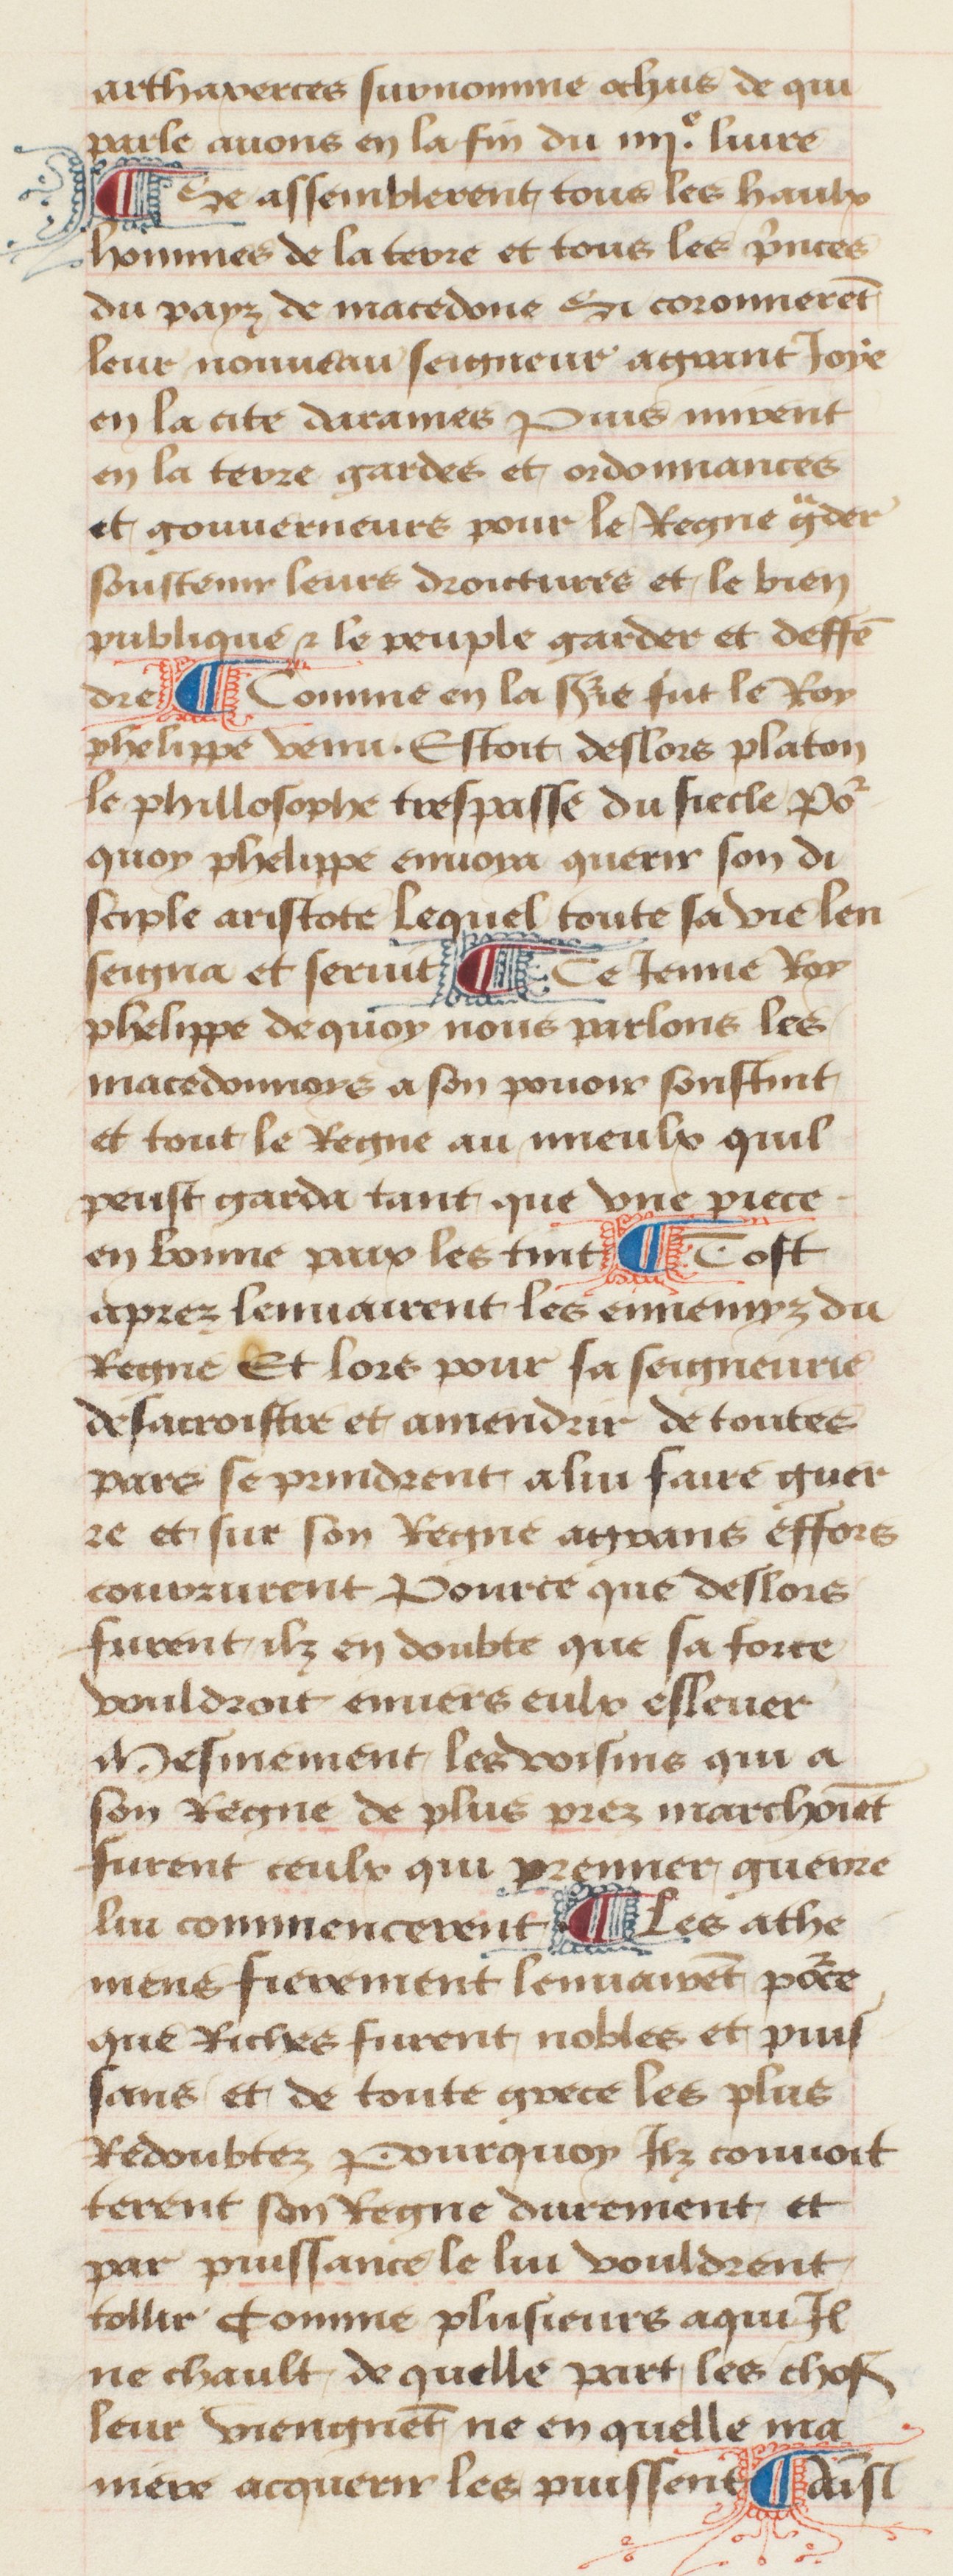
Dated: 1457–1482